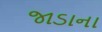
જાડાના